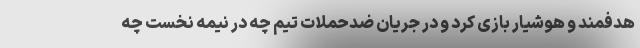
هدفمند و هوشیار بازی کرد و در جریان ضدحملات تیم چه در نیمه نخست چه